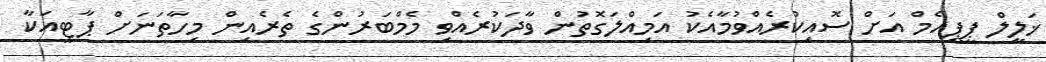
ޚަލީލް ޕީޕީއެމް އަށް ސޮއިކުރެއްވުމާއެކު އަމިއްލަގޮތުން ވާދަކުރެއްވި މެމްބަރުންގެ ތެރެއިން މިހާތަނަށް ޕާޓީއަކާ